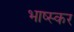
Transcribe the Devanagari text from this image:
भाष्स्कर